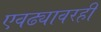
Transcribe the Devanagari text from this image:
एवढ्यावरही